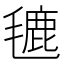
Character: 𪵡